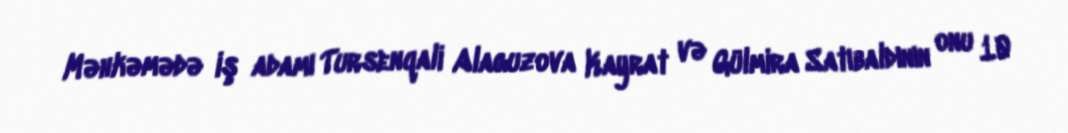
Məhkəmədə iş adamı Tursenqali Alaguzova Kayrat və Gülmira Satıbaldının onu 10